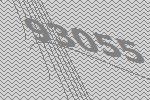
93055